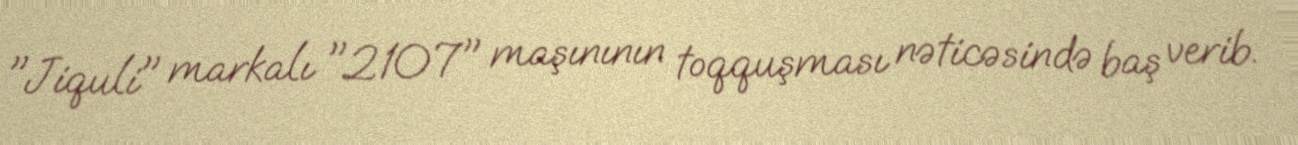
"Jiquli" markalı "2107" maşınının toqquşması nəticəsində baş verib.